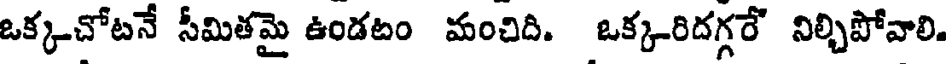
ఒక్కచోటనే సీమితమై ఉండటం మంచిది. ఒక్కరిదగ్గరే నిల్చిపోవాలి.